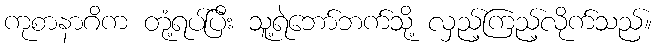
ကုစာနာဂိက တုံ့ရပ်ပြီး သူ့ရဲဘော်ဘက်သို့ လှည့်ကြည့်လိုက်သည်။